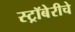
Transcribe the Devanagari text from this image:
स्ट्रॉबेरीचे